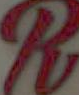
R